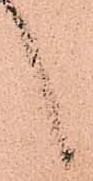
候